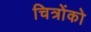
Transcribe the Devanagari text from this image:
चित्रोंको